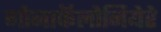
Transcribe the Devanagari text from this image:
गोनाफॅलोनियेरे